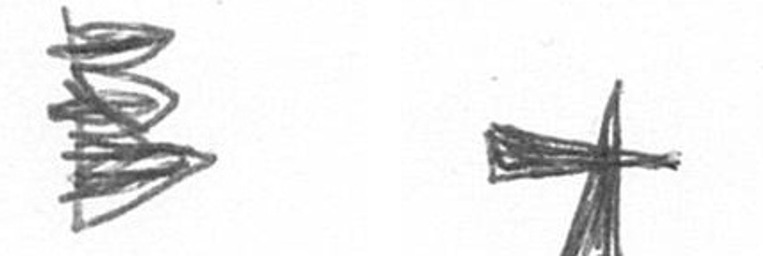
H G